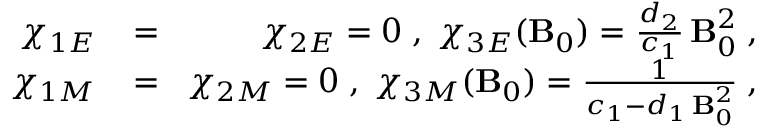
\begin{array} { r l r } { \chi _ { 1 E } \! } & { { } = } & { \! \chi _ { 2 E } = 0 \; , \; \chi _ { 3 E } ( { \bf B } _ { 0 } ) = \frac { d _ { 2 } } { c _ { 1 } } \, { \bf B } _ { 0 } ^ { 2 } \; , } \\ { \chi _ { 1 M } \! } & { { } = } & { \! \chi _ { 2 M } = 0 \; , \; \chi _ { 3 M } ( { \bf B } _ { 0 } ) = \frac { 1 } { c _ { 1 } - d _ { 1 } \, { \bf B } _ { 0 } ^ { 2 } } \; , } \end{array}